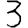
Digit: 3